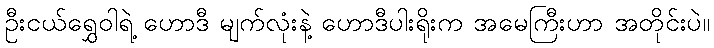
ဦးငယ်ရွှေဝါရဲ့ ဟောဒီ မျက်လုံးနဲ့ ဟောဒီပါးရိုးက အမေကြီးဟာ အတိုင်းပဲ။